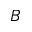
B